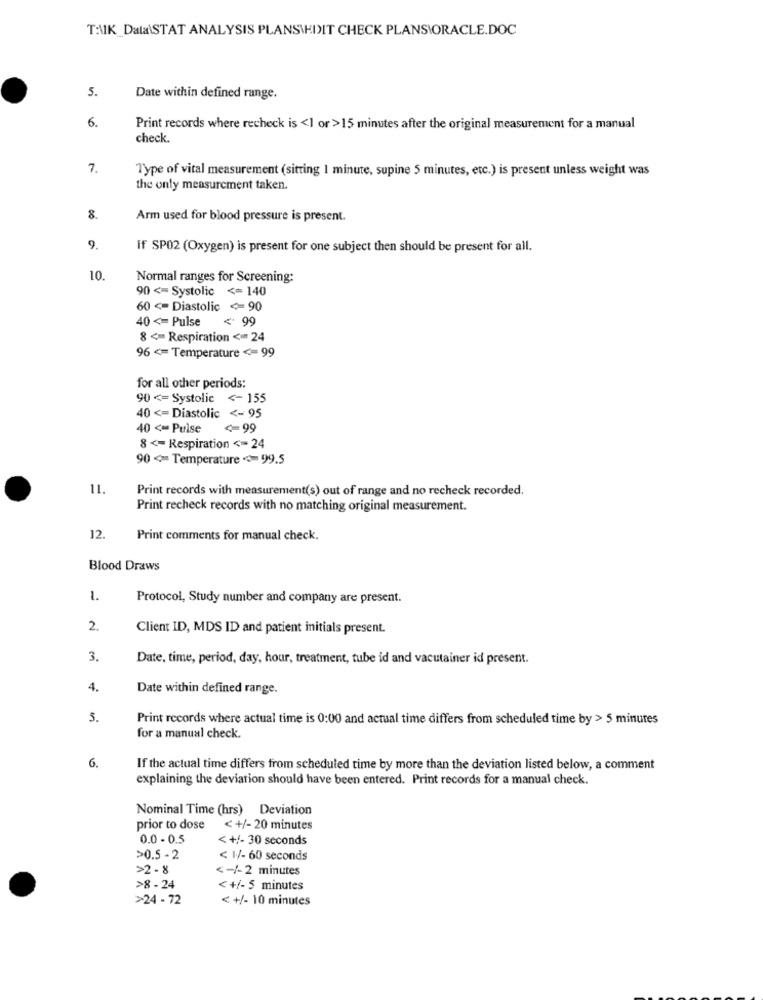
T:\K_Data\STAT ANALYSIS PLANS\HIIT CHECK PLANSIORACLE.DOC
5.
Date within defined range.
6.
Print records where recheck is <1 or >15 minutes after the original measurement for a manual
check.
7.
Type of vital measurement (sitting 1 minute, supine 5 minutes, etc.) is present unless weight was
the only measurement taken.
8.
Arm used for blood pressure is present.
9.
If SP02 (Oxygen) is present for one subject then should be present for all.
10.
Normal ranges for Screening:
90 <= Systolic <= 140
60<Diastolic <90
40 <= Pulse
< 99
8 <= Respiration <= 24
96 <= Temperature <= 99
for all other periods:
90 <= Systolic <- 155
40 <= Diastolic <- 95
40 <= Pulse
<= 99
8 <= Respiration <= 24
90 < Temperature <= 99.5
11.
Print records with measurement(s) out of range and no recheck recorded.
Print recheck records with no matching original measurement.
12.
Print comments for manual check.
Blood Draws
1.
Protocol, Study number and company are present.
2.
Client ID, MDS ID and patient initials present.
3.
Date, time, period, day, hour, treatment, tube id and vacutainer id present.
4.
Date within defined range.
3.
Print records where actual time is 0:00 and actual time differs from scheduled time by > 5 minutes
for a manual check.
6.
If the actual time differs from scheduled time by more than the deviation listed below, a comment
explaining the deviation should have been entered. Print records for a manual check.
Nominal Time (hrs) Deviation
prior to dose
< +/- 20 minutes
0.0 - 0.5
< +/- 30 seconds
>0.5 - 2
< 1/- 60 seconds
>2-8
<- /-2 minutes
>8 -24
< +/- 5 minutes
>24 -72
< +/- 10 minutes